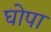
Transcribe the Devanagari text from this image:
घोपा